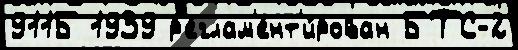
911Б 1939 р'еглам'ент'и́рован БТС-2